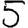
Digit: 5